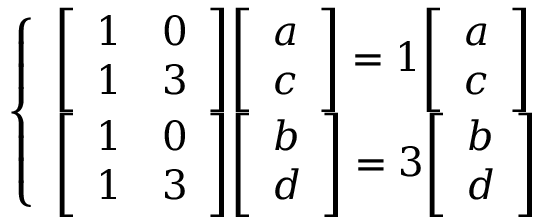
{ \left\{ \begin{array} { l l } { { \left[ \begin{array} { l l } { 1 } & { 0 } \\ { 1 } & { 3 } \end{array} \right] } { \left[ \begin{array} { l } { a } \\ { c } \end{array} \right] } = 1 { \left[ \begin{array} { l } { a } \\ { c } \end{array} \right] } } \\ { { \left[ \begin{array} { l l } { 1 } & { 0 } \\ { 1 } & { 3 } \end{array} \right] } { \left[ \begin{array} { l } { b } \\ { d } \end{array} \right] } = 3 { \left[ \begin{array} { l } { b } \\ { d } \end{array} \right] } } \end{array} \right. }